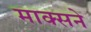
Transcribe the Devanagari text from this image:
माक्सने